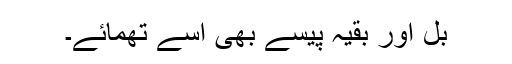
بل اور بقیہ پیسے بھی اسے تھمائے۔